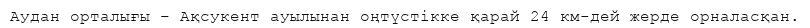
Аудан орталығы – Ақсукент ауылынан оңтүстікке қарай 24 км-дей жерде орналасқан.